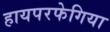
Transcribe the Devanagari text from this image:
हायपरफेगिया